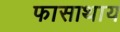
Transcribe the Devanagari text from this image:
फासाथाय